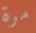
مرة